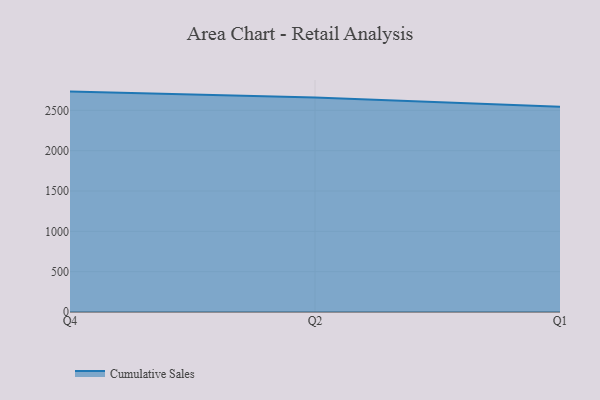
{"axis": {"x": "Quarter", "y": "Budget (USD K)"}, "legend": ["Cumulative Sales"], "data": [{"x": "Q4", "y": 2732.4, "type": "Cumulative Sales"}, {"x": "Q2", "y": 2659.4, "type": "Cumulative Sales"}, {"x": "Q1", "y": 2544.3, "type": "Cumulative Sales"}]}